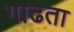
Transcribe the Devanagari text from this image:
गाढता